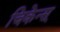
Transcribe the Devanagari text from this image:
चिकेन्स्